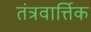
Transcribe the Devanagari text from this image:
तंत्रवार्त्तिक